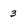
Character: 3